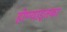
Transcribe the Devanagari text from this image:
होण्याइतका